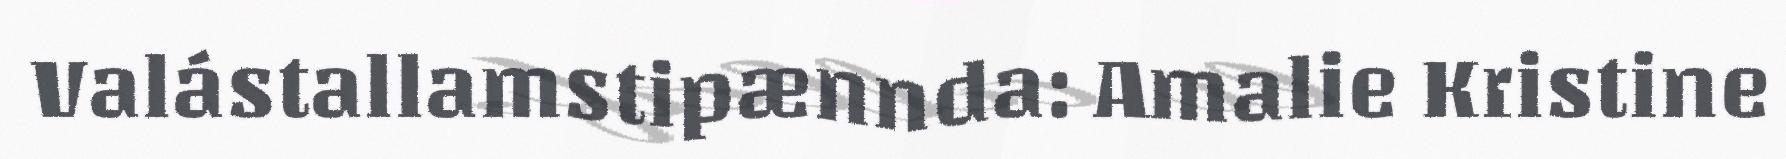
Valástallamstipænnda: Amalie Kristine